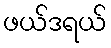
ဖယ်ဒရယ်